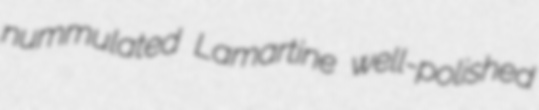
nummulated Lamartine well-polished